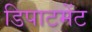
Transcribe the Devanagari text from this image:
डिपाटमेंट